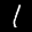
Label: 1